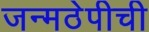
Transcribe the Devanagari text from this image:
जन्मठेपीची